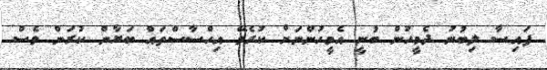
ފައިސާ ލިބުނު ދެމީހުން ބުނީ އެމީހުންނަށް ކުރެވޭ އިހްސާސްތައް ބަޔާން ކުރަން ވެސް